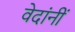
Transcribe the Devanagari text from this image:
वेदांनीं